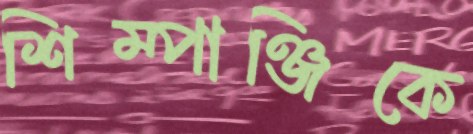
শিম্পাঞ্জিকে